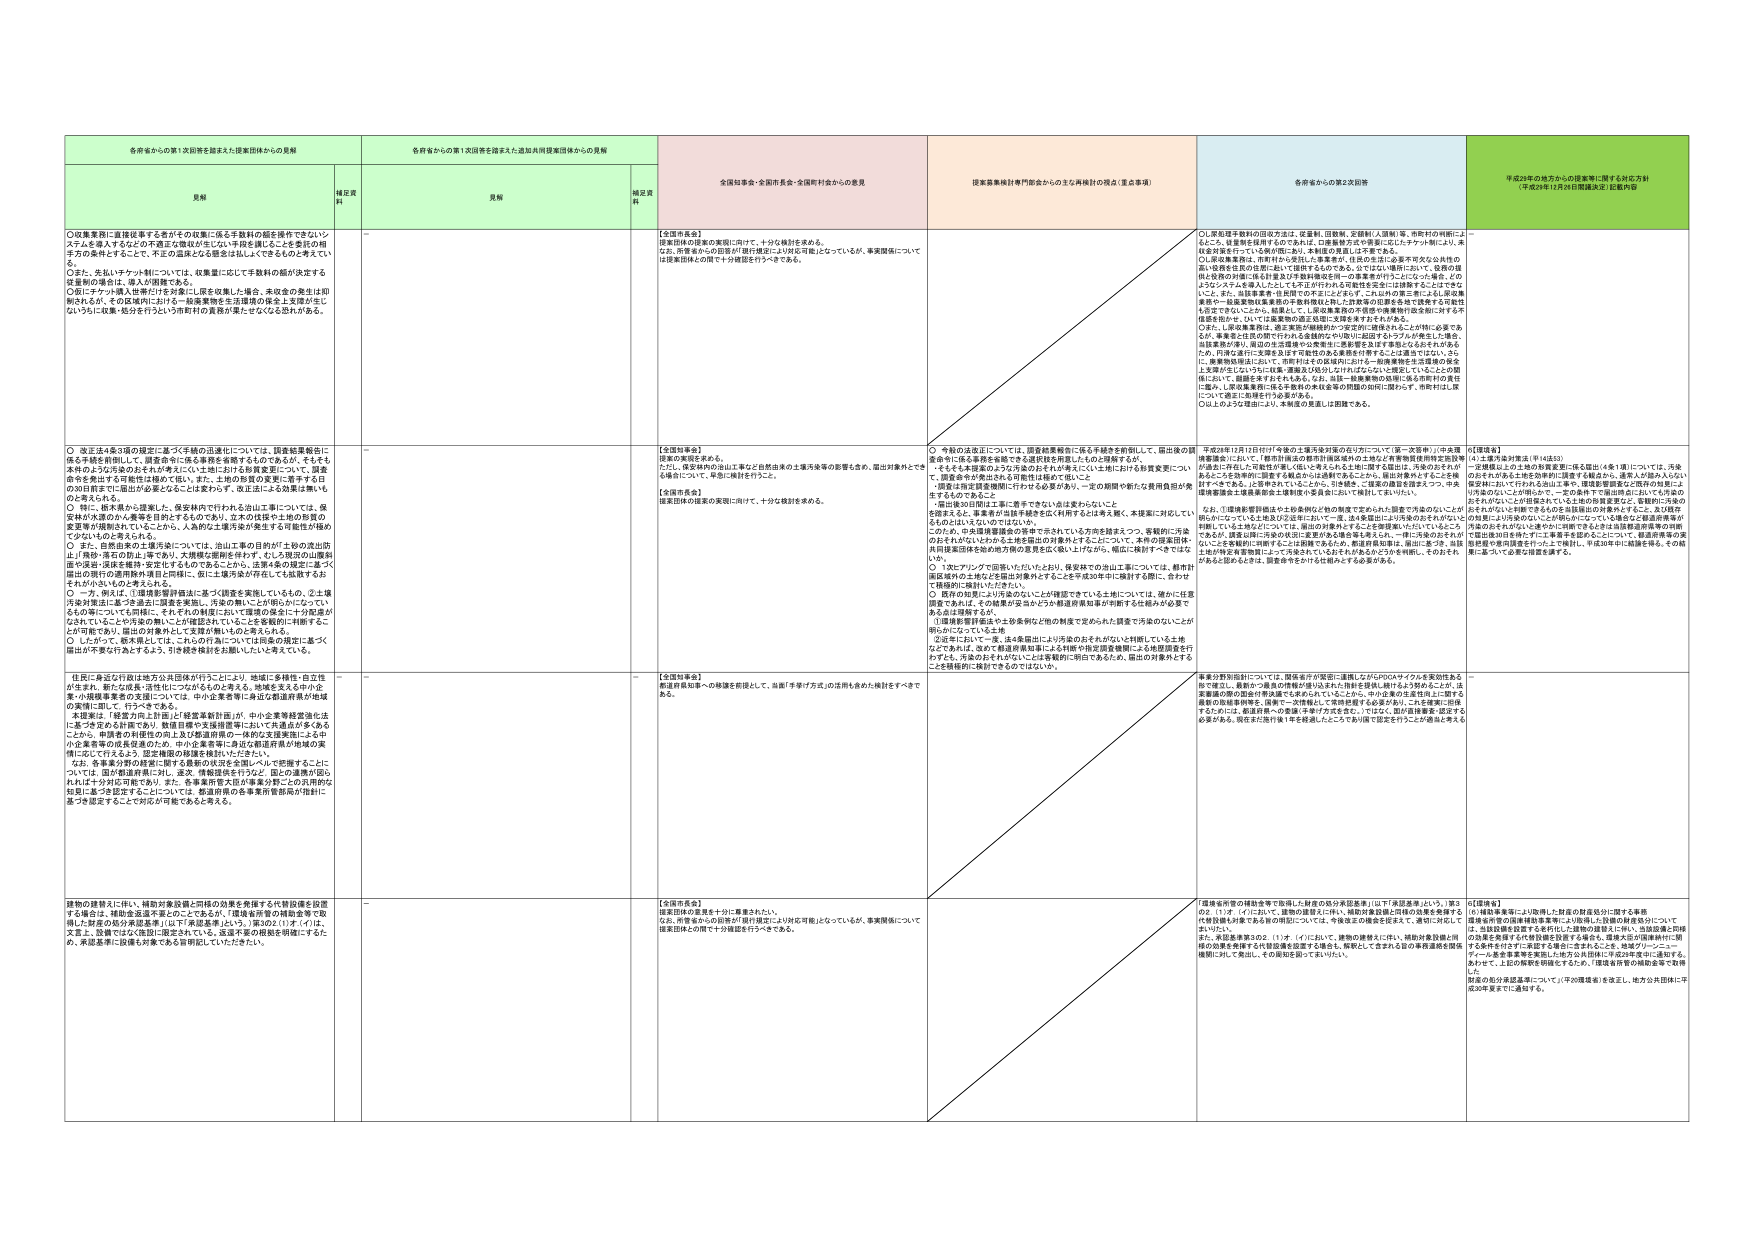
各府省からの第1次回答を踏まえた提案団体からの見解
各府省からの第1次回答を踏まえた追加共同提案団体からの見解
全国知事会・全国市長会・全国町村会からの意見
提案実施検討専門部会からの主な再検討の視点（重点事項）
各府省からの第2次回答
平成29年2月26日からの提案等に関する対応方針
（平成30年1月26日開催決定）見解内容

見解
補足資料
見解
補足資料

○児童養護に直接従事する者がその収集に係る手数料の額を操作できないシステムを導入するなどの不適正な取扱が生じない手段を講じることを委託の相手方の条件とすることで、不正の温床となる懸念は払しょくできるものと考えている。
○また、先払いサブスクリプションについては、収集業に応じて手数料の額が決定する従業員の場合は、導入が困難である。
○既にサブスクリプション従事だけを対象にし原を収集した場合、未収金の発生は即解消するが、その収集時ににおける一括廃棄物を生活環境の保全上支障が生じないよう収集・処分を行うという市町村の責務が果たせなくなる恐れがある。
－

【全国市長会】
提案団体の提案の実現に向けて、十分な検討を求める。
なお、所管省からの回答が「財政課題により対応可能」となっているが、事実関係については提案団体との間で十分確認を行うべきである。

○し、委託手数料の設定方法は、従業員、団体等、受託者（人間側）等、市町村の判断によ るところ、従業員を採用するのであれば、①廃棄物方式や事業に応じたタケット制により、未 収金対策を行っている例が既にあり、本制度の見直しは不要である。
○し、収集事業者は、市町村から委託した事業者が、住民の生活に必要な市営など公共的の 運行管理を担う役割において採用するものである。②ではない場合において、収集の原 則は役務の対価に係る計算及び手数料の額を同一の事業者が行うことになった場合、どの ようなシステムを導入したとしても不正が行われる可能性を完全には排除することはでき ないこと。また、③収集事業・住民間での不正にふさわしく、これ以外の第三者による原収集 業者や一般廃棄物収集業者の本業が混在し、これに係るの従業員を適切に管理する可能性 も否定できないことから、結果として、し原収集事業の不透明な準備等が行政全般に対する不 信感を招くせ、ないことは業者の適正な取扱いを確保できずとなりかねない。
○また、し原収集事業は、適正実施が継続的かつ安定的に確保されることが特に必要であ るが、事業者と住民の間で行われる直接的かつ個別に記録するトラブルが発生した場合、 経費負担が増し、県道の生活環境や公共費用に多額を支出する事態となる恐れがある ため、共通の運行に支障を及ぼす可能性のある業務を分野することは適当ではない。さら に、廃棄物処理において、市町村はその収集時に並行し、一般廃棄物を生活環境の保全 上支障が生じないよう収集・運搬及び処分しなければならないと規定していることの関 係において、原収集を委託するにあたっては、④同一廃棄物の処理に係る市町村の責任 に鑑み、し原収集業務に係る手数料の未収金等の問題の如何に関わらず、市町村は、原 について原委託を継続する必要がある。
○以上のようなく疑点により、本制度の見直しは困難である。

－

○改正法4条3項の規定に基づく手続の迅速化については、調査結果報告に係る手続き前倒しと、調査命令に係る要件を厳密するものであるが、そもそも本件のような汚染のおそれが考えにくい土地における移動変更について、調査命令を発出する合理性は極めて低い。また、土地の性質の変更に着手する日の30日前までに届出が必要となることは妥当らず、改正法による変更は無いものと考えられる。
○特に、松木県から提案した、産業廃棄物が行われる出山工場については、保 安性が大変のから廃棄を目的とするものであり、立木の伐採や土砂の移設の 意思等が確認されていないことから、人為的工場汚染が発生する可能性が極め て少ないものと考えられる。
○また、自由治発の工場汚染については、出山工場の目的が「土砂の流出防 止」「階段・落石の防止工事であり、大規模な掘削を伴わず、むしろ周辺の山腹斜 面の保険・浸食を維持・安定化するものであることから、法第4条の規定に基づく 届出の現行の適用除外項目と同様に、仮に土壌汚染が存在しても低濃度とお それがないものと考えられる。
○一方、例えば、①環境影響評価法に基づく調査を実施しているもの、②土壌 汚染対策法に基づき適正に調査を実施し、汚染の無いことが明らかになってい るもの等についても同様に、それぞれの制度において環境の保全に十分配慮が なされていることや汚染の無いことが確認されていることを客観的に判断するこ とが可能であり、届出の対象外として支障が無いものと考えられる。
○したがって、松木県としては、これらの行為については同条の規定に基づく 届出が不要と行為とするよう、引き続き検討をお願いしたいと考えている。
－

【全国知事会】
提案の実現を求める。
ただし、保安林内の出山工場など自然由来の土壌汚染等の影響を含み、届出対象外でま い場合について、早急に検討を行うこと。
【全国市長会】
提案団体の提案の実現に向けて、十分な検討を求める。

○ 今般の法改正については、国連結果報告に係る手続きを前倒しして、届出後の調 査命令に係る要件を厳密できる選択肢を用意したものと理解するが、
・そもそも本提案のような汚染のおそれがあるにしても地における移動変更につい て、調査命令が発出される可能性は極めて低いこと。
・国産は再活用基準順に行政する必要があり、一定の期間の移転など費用負担が発 生するものであること。
・届出後の30日以上に着手できない点は妥当かしないこと。
を踏まえると、事業者が当該手続きを広く利用するとは考え難く、本提案に対応してい るとは言いがたいのではないか。
○ だが、中央環境審議会の答申で示されている方針を踏まえつつ、客観的に汚染 のおそれがないとわかる土壌を届出の対象外とするにあたって、本件の提案届出時、 共同提案団体を始め地方側の意見を広く吸い上げながら、幅広に検討すべきではな いか。
○ 1次にアリングで回答いただいたとおり、保安林での出山工事については、都市計 画区域外の土地だと届出対象外とすることが平成30年中に検討する際に、合わせ て積極的に検討していただきたい。
○ 既存の知見により汚染のないことが確認できている土地については、確かに任意 調査であれば、その結果が妥当かどうかの都道府県知事が判断する仕組みが必要で ある点は理解するが、
①環境影響評価法や土砂条例など他の制度で定められた調査で汚染のないことが 明らかになっている土地
②近年において一度、法4条届出により汚染のおそれがないと判断している土地 などであれば、改めて都道府県知事による特例や指定調査機関による検査調査を行 わずとも、汚染のおそれがないことは客観的に明白であるため、届出の対象外とする ことが積極的に検討できるのではないか。

平成28年12月12日付け「今後の土壌汚染対策の在り方について（第一次答申）」（中央環 境審議会）において、「都市計画の都市計画区域外の土地など（有害物質使用特定施設等 が過去に存在した可能性が著しく低いと考えられる土地に限る）届出は、汚染のおそれが あることを合理的に推定する場合のみは検討するところとし、届出対象外とすることを検 討すべきである」と答申されていることから、引き続き、ご提案の趣旨を踏まえつつ、中央 環境審議会土壌委員会など専門家で委員会において検討していきたい。
なお、「環境影響評価法や土砂条例など他の制度で定められた調査で汚染のないことが 明らかになっている土地など②近年において一度、法4条届出により汚染のおそれがないと 判断している土地などについては、届出の対象外とすることを審議会においてしていること であるが、調査以前に汚染の状況に変更がある場合等もあるため、一時には後の点をめが ないことを客観的に判断することは困難であるため、都道府県知事は、届出に基づき、結果 上は汚染を有害物質によって発生されているおそれがあるかどうかを判断し、そのおそれ があると認めるとときは、調査命令をかける仕組みとする必要がある。

【尾張連盟】
①土壌汚染対策法（平成83）
→定義規定上の土地の移動変更に係る届出（4条1項）については、汚染 のおそれがある土地を物理的に位置する場合に、通常より囲み入らない 状況等において行われる届出工事等、環境影響調査など既存の制度によ り汚染のないことが確認できるものと届出届出の対象外とするこ、及び既存 のそれがないことが確認されている土地の移動変更など、客観的に汚染の おそれがないと判断できるものと届出届出の対象外とするこ、及び既存 の対策により汚染のないことが明らかになっている場合など都道府県等が 汚染のおそれがないと適切に判断できる者が当該移動変更等の市町 で届出届出日を待たずして事業を進めるようにについて、都道府県等の実 務判断や運用改善を行った上で検討。平成30年中に結論を得る。その結 果に基づいて必要な措置を講ずる。

－

「住民に身近な行政は地方公共団体が行うことにより、地域に多様性・自主性 が生まれ、新たな成長・活性化につながるものと考える。地域を支える中小企 業や関係事業者の支援については、中小企業者等に多面的雇用所得の地域 の実情に即して、行うべきである。
本提案は、「経済力向上計画」に「経営革新計画」が、中小企業等経営強化法 に基づき定める計画であり、数値目標や支援措置等において共通点が多くある ことから、申請者の利便性の向上及び都道府県の一体的な支援実施による中 小企業者等の成長促進のため、中小企業者等に多面的雇用所得の地域の実 情に応じて行えるよう、国連関係の検討を検討いただきたい。
なお、各事業分野の経営に関する施策の決定を民間レベルで把握することに ついては、国が都道府県に外し、逐次、情報提供を行うなど、国の連携が図ら れれば十分対応可能であり、また、各事業所等大臣が事業分野ごとの汎用的な 検討に基づき認定することについては、都道府県の事業者所管部局が独自に 基づき認定することで対応が可能であると考える。
－

【全国知事会】
都道府県知事への移譲を前提として、当面「手挙げ方式」の活用を含めた検討をすべきで ある。

事業分野別指針については、国産省が実質的に連携しながらPDCAサイクルを実効性ある 形で運営し、業種や一産系の情報が偏りなく共有化を図る、偏りなくより効率化した、出 事業者の間の選択的移譲でも求められていることから、中小企業の生産性向上に関する 最新の指針等を踏まえ、国産で一元情報として共有化する必要があり、これを実現に担保 するためには、都道府県への委譲は不十分である。ではなく、国の担当課等に設置する 必要がある。現在まだ施行後1年を経過したところでより国で認定を行うことが効率と考える

－

建物の建替えに伴い、補助対象設備と同様の効果を発揮する代替設備を設置する場合は、補助金返還不要とのことであるが、「環境省所管の補助金等で取 得した財産の処分承認基準」（以下「承認基準」という。）第3の211号イ（イ）は、 文書上、設備ではなく施設に限定されている。返還不要の根拠を明確にするた め、承認基準に設備も対象である旨明記していただきたい。
－

【全国市長会】
提案団体の意見を十分に尊重されたい。
なお、所管省からの回答が「財政課題により対応可能」となっているが、事実関係について 提案団体との間で十分確認を行うべきである。

「環境省所管の補助金等で取得した財産の処分承認基準」（以下「承認基準」という。）第3 の2 11号 イ（イ）について、建物の建設に伴い、補助対象設備と同様の効果を発揮する 代替設備を設置する旨の明記については、今後改正の検討を経る上で、適切に対応して まいりたい。
また、承認基準第3の2 11号 イ（イ）において、建物の建築に伴い、補助対象設備と同 様の効果を発揮する代替設備を設置する場合も、解釈として含まれる旨の事務連絡を関係 機関に対して発出し、その周知を図ってまいりたい。

【尾張連盟】
⑥「補助事業等により取得した財産の財産処分に関する事務
環境省所管の国庫補助事業等により取得した設備の財産処分について は、当該設備を設置する者若しくは建物の建設に伴い、当該設備と同様 の効果を発揮する代替設備を設置する場合も、環境大臣が国庫補助に係 る条件を守らずに設置する場合に含まれることを、地域グリーンニューフォーム推進事業等を実施した地方公共団体に平成29年度中に通知する。 あわせて、上記の解釈を明確化するため、「環境省所管の補助金等で取得 財産の処分承認基準について」（平成機関等）を改正し、地方公共団体に平 成30年度までに通知する。